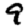
Digit: 9